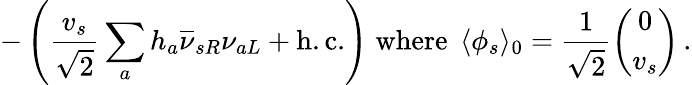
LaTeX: -\left(\frac{v_{s}}{\sqrt{2}}\sum_{a}h_{a}\overline{{{\nu}}}_{sR}\nu_{aL}+\mathrm{h.c.}\right)\; \mathrm{where}\; \, \langle\phi_{s}\rangle_{0}=\frac{1}{\sqrt{2}}\left(\begin{array}{c}{{0}}\\ {{v_{s}}}\end{array}\right)\, .